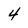
Character: 4